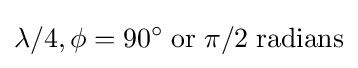
\lambda /4,\phi =90^{\circ }\;{\text{or}}\;\pi /2\;{\text{radians}}